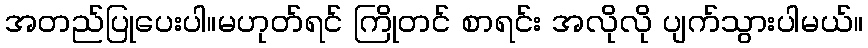
အတည်ပြုပေးပါ။မဟုတ်ရင် ကြိုတင် စာရင်း အလိုလို ပျက်သွားပါမယ်။